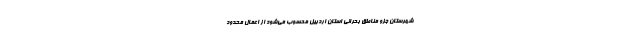
شهرستان جزو مناطق بحرانی استان اردبیل محسوب می‌شود از اعمال محدود